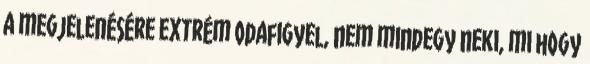
a megjelenésére extrém odafigyel, nem mindegy neki, mi hogy